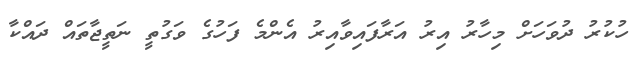
ހުކުރު ދުވަހަށް މިހާރު އިރު އަރާފައިވާއިރު އެންމެ ފަހުގެ ވަގުތީ ނަތީޖާތައް ދައްކާ